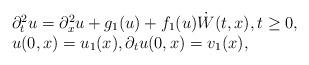
LaTeX: \begin{align*}\begin{array}{l}\partial^2_tu=\partial^2_xu+g_1(u)+f_1(u)\dot{W}(t,x),t\geq0,\\u(0,x)=u_1(x),\partial_tu(0,x)=v_1(x),\\ \end{array}\end{align*}